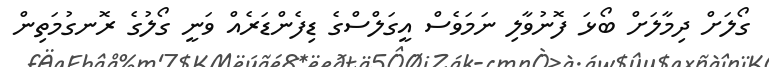
ގޯލަށް ދިމާލަށް ބޯޅަ ފޮނުވާލި ނަމަވެސް އީގަލްސްގެ ޑިފެންޑަރެއް ވަނީ ގޯލުގެ ރޮނގުމަތިން